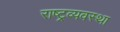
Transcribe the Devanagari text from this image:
राष्ट्रव्यवस्था